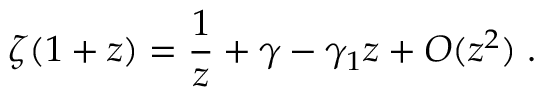
\zeta ( 1 + z ) = { \frac { 1 } { z } } + \gamma - \gamma _ { 1 } z + O ( z ^ { 2 } ) \; .